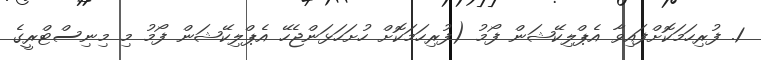
1. ފުރިހަމަކޮށްފައިވާ އެޕްލިކޭޝަން ފޯމު (ފުރިހަމަކޮށް ހުށަހަޅަންޖެހޭ އެޕްލިކޭޝަން ފޯމު މި މިނިސްޓްރީގެ